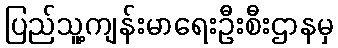
ပြည်သူ့ကျန်းမာရေးဦးစီးဌာနမှ